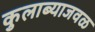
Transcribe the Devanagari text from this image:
कुलाब्याजवळ